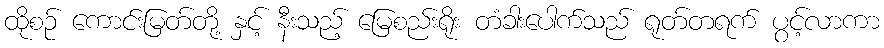
ထိုစဉ် ကောင်းမြတ်တို့ နှင့် နီးသည့် မြေစည်းရိုး တံခါးပေါက်သည် ရုတ်တရက် ပွင့်လာကာ